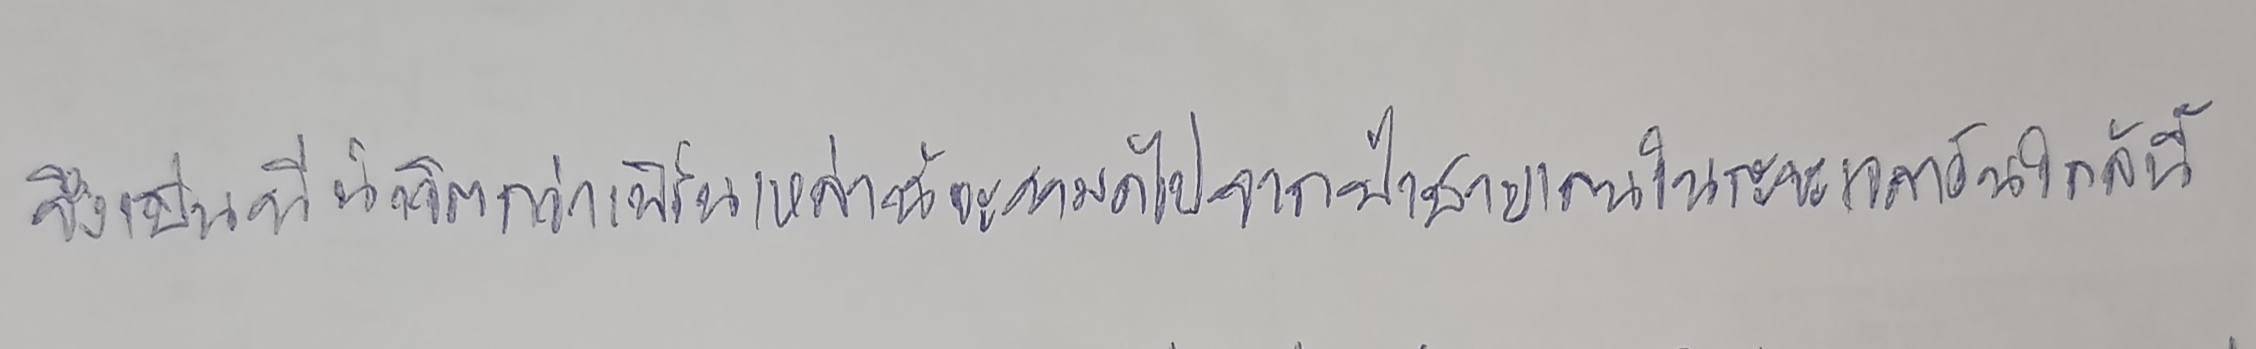
จึงเป็นที่น่าวิตกว่าเฟิร์นเหล่านี้จะหมดไปจากป่าชายเลนในระยะเวลาอันใกล้นี้